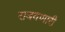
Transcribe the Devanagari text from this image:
राबवणारी